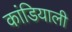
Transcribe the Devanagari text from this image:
कांडियाली